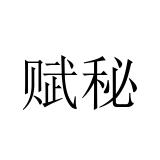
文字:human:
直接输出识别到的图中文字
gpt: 赋秘